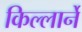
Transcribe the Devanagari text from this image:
किल्लार्ने